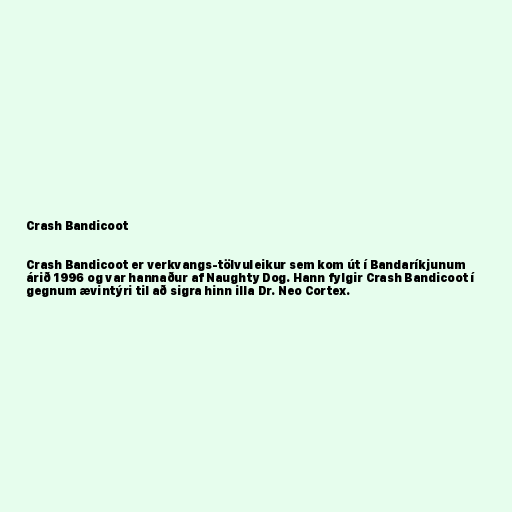
Crash Bandicoot

Crash Bandicoot er verkvangs-tölvuleikur sem kom út í Bandaríkjunum
árið 1996 og var hannaður af Naughty Dog. Hann fylgir Crash Bandicoot í
gegnum ævintýri til að sigra hinn illa Dr. Neo Cortex.